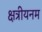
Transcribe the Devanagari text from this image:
क्षत्रीयनम